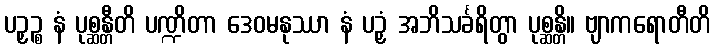
ပဉှဉ္စ နံ ပုစ္ဆန္တီတိ ပဏ္ဍိတာ ဒေဝမနုဿာ နံ ပဉှံ အဘိသင်္ခရိတွာ ပုစ္ဆန္တိ။ ဗျာကရောတီတိ